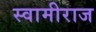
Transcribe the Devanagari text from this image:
स्वामीराज